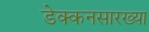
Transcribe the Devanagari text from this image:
डेक्कनसारख्या